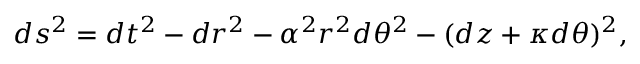
d s ^ { 2 } = d t ^ { 2 } - d r ^ { 2 } - \alpha ^ { 2 } r ^ { 2 } d \theta ^ { 2 } - ( d z + \kappa d \theta ) ^ { 2 } ,